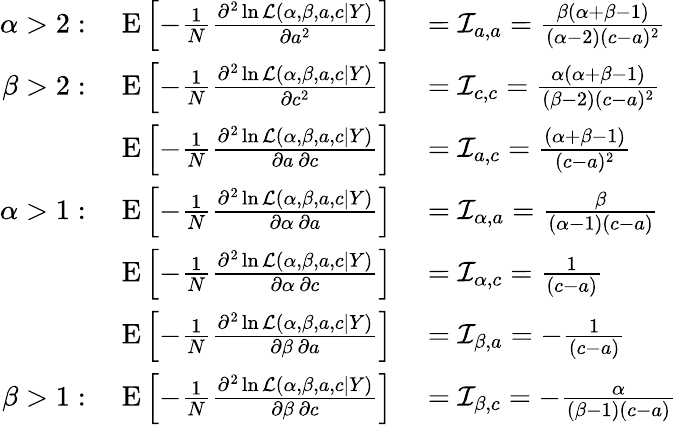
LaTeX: \begin{array}{rl}{\alpha>2:\quad\operatorname{E}\left[-{\frac{1}{N}}{\frac{\partial^{2}\ln{\mathcal{L}}(\alpha,\beta,a,c\mid Y)}{\partial a^{2}}}\right]}&{{}={\mathcal{I}}_{a,a}={\frac{\beta(\alpha+\beta-1)}{(\alpha-2)(c-a)^{2}}}}\\ {\beta>2:\quad\operatorname{E}\left[-{\frac{1}{N}}{\frac{\partial^{2}\ln{\mathcal{L}}(\alpha,\beta,a,c\mid Y)}{\partial c^{2}}}\right]}&{{}={\mathcal{I}}_{c,c}={\frac{\alpha(\alpha+\beta-1)}{(\beta-2)(c-a)^{2}}}}\\ {\operatorname{E}\left[-{\frac{1}{N}}{\frac{\partial^{2}\ln{\mathcal{L}}(\alpha,\beta,a,c\mid Y)}{\partial a\, \partial c}}\right]}&{{}={\mathcal{I}}_{a,c}={\frac{(\alpha+\beta-1)}{(c-a)^{2}}}}\\ {\alpha>1:\quad\operatorname{E}\left[-{\frac{1}{N}}{\frac{\partial^{2}\ln{\mathcal{L}}(\alpha,\beta,a,c\mid Y)}{\partial\alpha\, \partial a}}\right]}&{{}={\mathcal{I}}_{\alpha,a}={\frac{\beta}{(\alpha-1)(c-a)}}}\\ {\operatorname{E}\left[-{\frac{1}{N}}{\frac{\partial^{2}\ln{\mathcal{L}}(\alpha,\beta,a,c\mid Y)}{\partial\alpha\, \partial c}}\right]}&{{}={\mathcal{I}}_{\alpha,c}={\frac{1}{(c-a)}}}\\ {\operatorname{E}\left[-{\frac{1}{N}}{\frac{\partial^{2}\ln{\mathcal{L}}(\alpha,\beta,a,c\mid Y)}{\partial\beta\, \partial a}}\right]}&{{}={\mathcal{I}}_{\beta,a}=-{\frac{1}{(c-a)}}}\\ {\beta>1:\quad\operatorname{E}\left[-{\frac{1}{N}}{\frac{\partial^{2}\ln{\mathcal{L}}(\alpha,\beta,a,c\mid Y)}{\partial\beta\, \partial c}}\right]}&{{}={\mathcal{I}}_{\beta,c}=-{\frac{\alpha}{(\beta-1)(c-a)}}}\end{array}